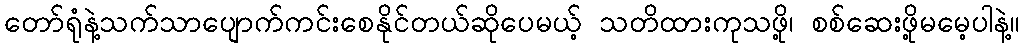
တော်ရုံနဲ့သက်သာပျောက်ကင်းစေနိုင်တယ်ဆိုပေမယ့် သတိထားကုသဖို့၊ စစ်ဆေးဖို့မမေ့ပါနဲ့။